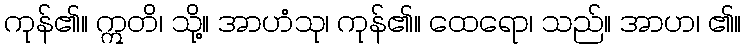
ကုန်၏။ ဣတိ၊ သို့။ အာဟံသု၊ ကုန်၏။ ထေရော၊ သည်။ အာဟ၊ ၏။